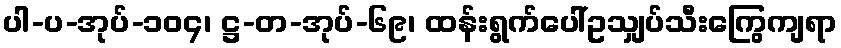
ပါ-ပ-အုပ်-၁၀၄၊ ဋ္ဌ-တ-အုပ်-၆၉၊ ထန်းရွက်ပေါ်ဥသျှပ်သီးကြွေကျရာ